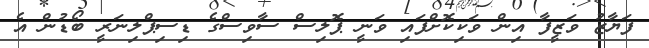
ފަޔާޒު ވަޒީފާ އިން ވަކިކޮށްފައި ވަނީ ޕޮލިސް ސާވިސްގެ ޑިސިޕްލިނަރީ ބޯޑުން އެ